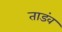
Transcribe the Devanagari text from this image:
ताडंव